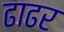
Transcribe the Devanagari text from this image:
ढाढर